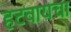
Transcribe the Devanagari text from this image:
हटवायचा